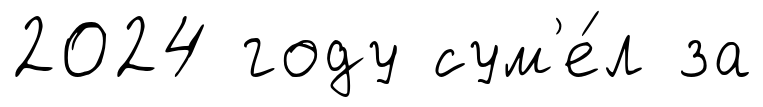
2024 году сум'е́л за